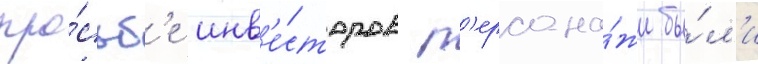
про́сьб'е инв'е́сторов п'ерсона́жи бы́л'и